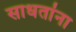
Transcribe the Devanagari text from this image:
साधतांना